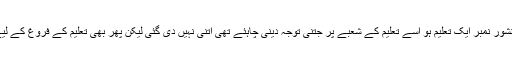
اگرچے ایک صوبائی حکومت جس کی پارٹی کا منشور نمبر ایک تعلیم ہو اسے تعلیم کے شعبے پر جتنی توجہ دینی چاہئے تھی اتنی نہیں دی گئی لیکن پھر بھی تعلیم کے فروغ کے لیے خیبر پختون خوا حکومت کی خدمات نمایاں ہیں ۔